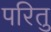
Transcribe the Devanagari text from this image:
परितु